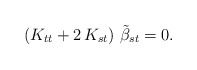
\begin{align*}\left( K_{tt} + 2\,K_{st}\right)\,{\tilde\beta}_{st}=0.\end{align*}